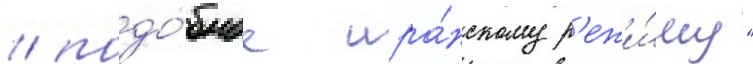
/ подо́бное ира́нскому р'ежи́му"